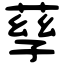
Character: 孶